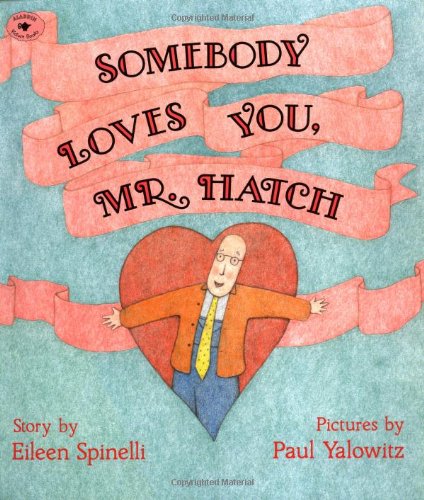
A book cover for Somebody Loves You, Mr. Hatch (paperback); Eileen Spinelli; Children's Books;